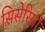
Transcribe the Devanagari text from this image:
सिसेरियो